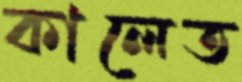
কালেত